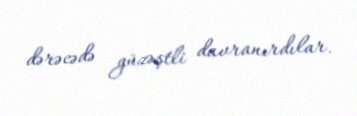
dərəcədə güzəştli davranırdılar.